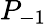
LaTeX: P_{-1}